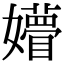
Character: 㜴